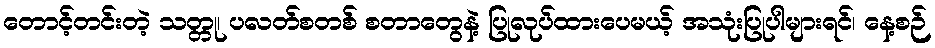
တောင့်တင်းတဲ့ သတ္တု၊ ပလတ်စတစ် စတာတွေနဲ့ ပြုလုပ်ထားပေမယ့် အသုံးပြုပါများရင်၊ နေ့စဉ်